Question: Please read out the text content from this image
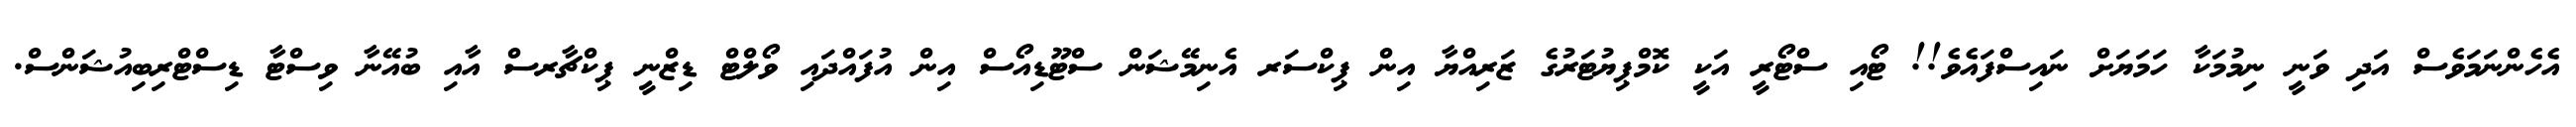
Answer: އެހެންނަމަވެސް އަދި ވަނީ ނިމުމަކާ ހަމަޔަށް ނައިސްފައެވެ!! ޓޯއި ސްޓޯރީ އަކީ ކޮމްޕިޔުޓަރުގެ ޒަރިއްޔާ އިން ޕިކްސަރ އެނިމޭޝަން ސްޓޫޑިއޯސް އިން އުފައްދައި ވޯލްޓް ޑިޒްނީ ޕިކްޗާރސް އާއި ބުއޭނާ ވިސްޓާ ޑިސްޓްރިބިއުޝަންސް.